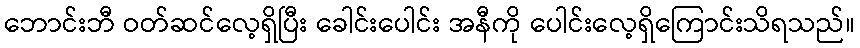
ဘောင်းဘီ ဝတ်ဆင်လေ့ရှိပြီး ခေါင်းပေါင်း အနီကို ပေါင်းလေ့ရှိကြောင်းသိရသည်။